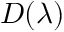
D ( \boldsymbol { \lambda } )